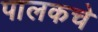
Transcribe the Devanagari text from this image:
पालकचे